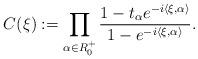
LaTeX: \begin{align*} C({{\xi}}):= \prod_{\alpha\in R_0^+} \frac{ 1-t_{\alpha} e^{-i\langle \xi,\alpha\rangle}} { 1-e^{-i\langle \xi,\alpha\rangle}} .\end{align*}